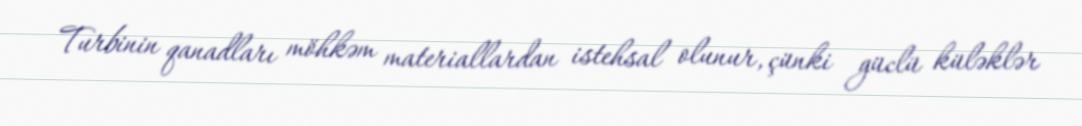
Turbinin qanadları möhkəm materiallardan istehsal olunur, çünki güclü küləklər